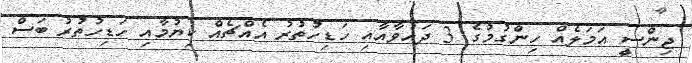
ޖިންސީ އަމަލެއް ހިންގުމުގެ 3 ދައުވާއާއި ހަޑިހުތުރު އެއްޗެއް ކިޔުމާއި ހަޑިހުތުރު ބަސް